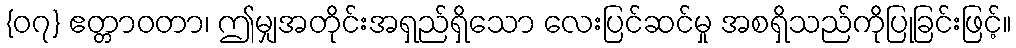
{၀၇} ဧတ္တာဝတာ၊ ဤမျှအတိုင်းအရှည်ရှိသော လေးပြင်ဆင်မှု အစရှိသည်ကိုပြုခြင်းဖြင့်။